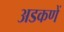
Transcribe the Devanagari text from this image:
अडकणें